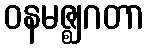
ဝနမဇ္ဈဂတာ